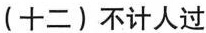
(十二)不计人过